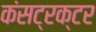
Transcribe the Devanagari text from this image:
कंसट्रक्टर